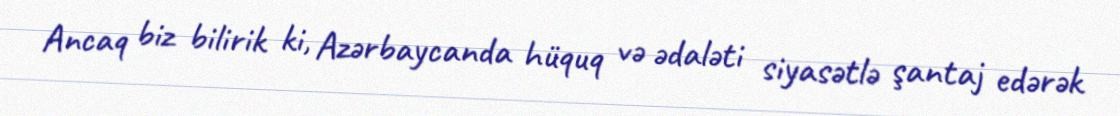
Ancaq biz bilirik ki, Azərbaycanda hüquq və ədaləti siyasətlə şantaj edərək